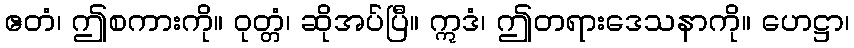
ဧတံ၊ ဤစကားကို။ ဝုတ္တံ၊ ဆိုအပ်ပြီ။ ဣဒံ၊ ဤတရားဒေသနာကို။ ဟေဋ္ဌာ၊